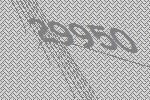
29950